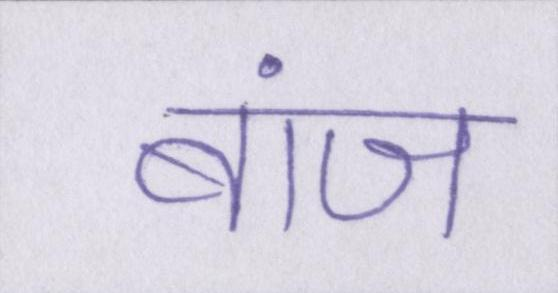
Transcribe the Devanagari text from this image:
बांज